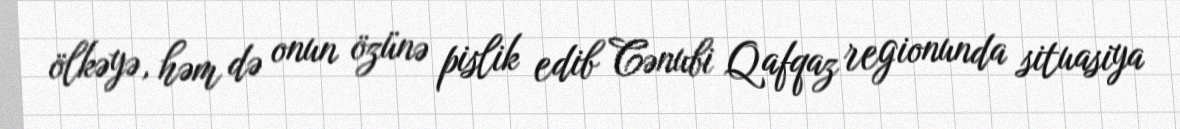
ölkəyə, həm də onun özünə pislik edib Cənubi Qafqaz regionunda situasiya